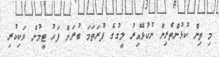
މި ތިން ކުޅުންތެރިން ނުކުޅޭއިރު ލީގުގެ ފުރަތަމަ ބުރަށް ފަހު ޓީމުން ވަކިކުރި